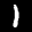
Label: 1